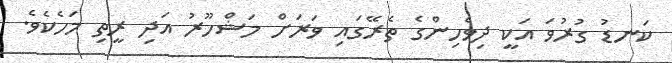
ކަނޑު ގުރުވަ އަކީ ދިވެހިންގެ ތެރޭގައި ވަރަށް މަޝްހޫރު އަދި ރީތި މަހެކެވެ.